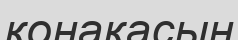
қонақасын